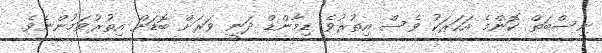
ނިސްބަތް ކޮންމެ އަހަރަކު ވެސް އިތުރުވެ ޑިމާންޑް ދަނީ ވަރަށް ބޮޑަށް އިތުރުވަމުންނެވެ.